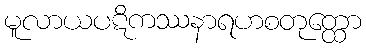
မူလာယပဋိကဿနာရဟစတုတ္ထော